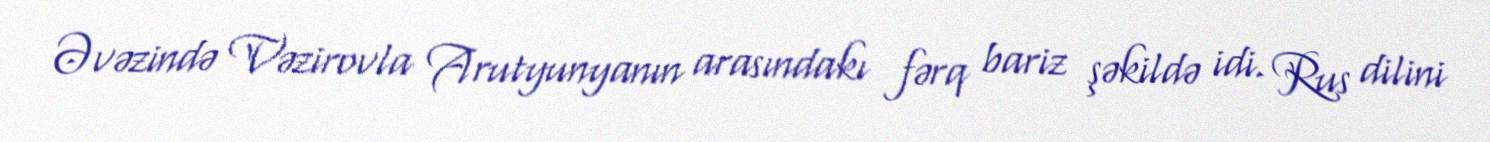
Əvəzində Vəzirovla Arutyunyanın arasındakı fərq bariz şəkildə idi. Rus dilini